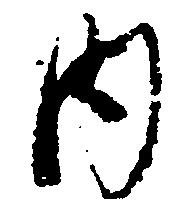
内